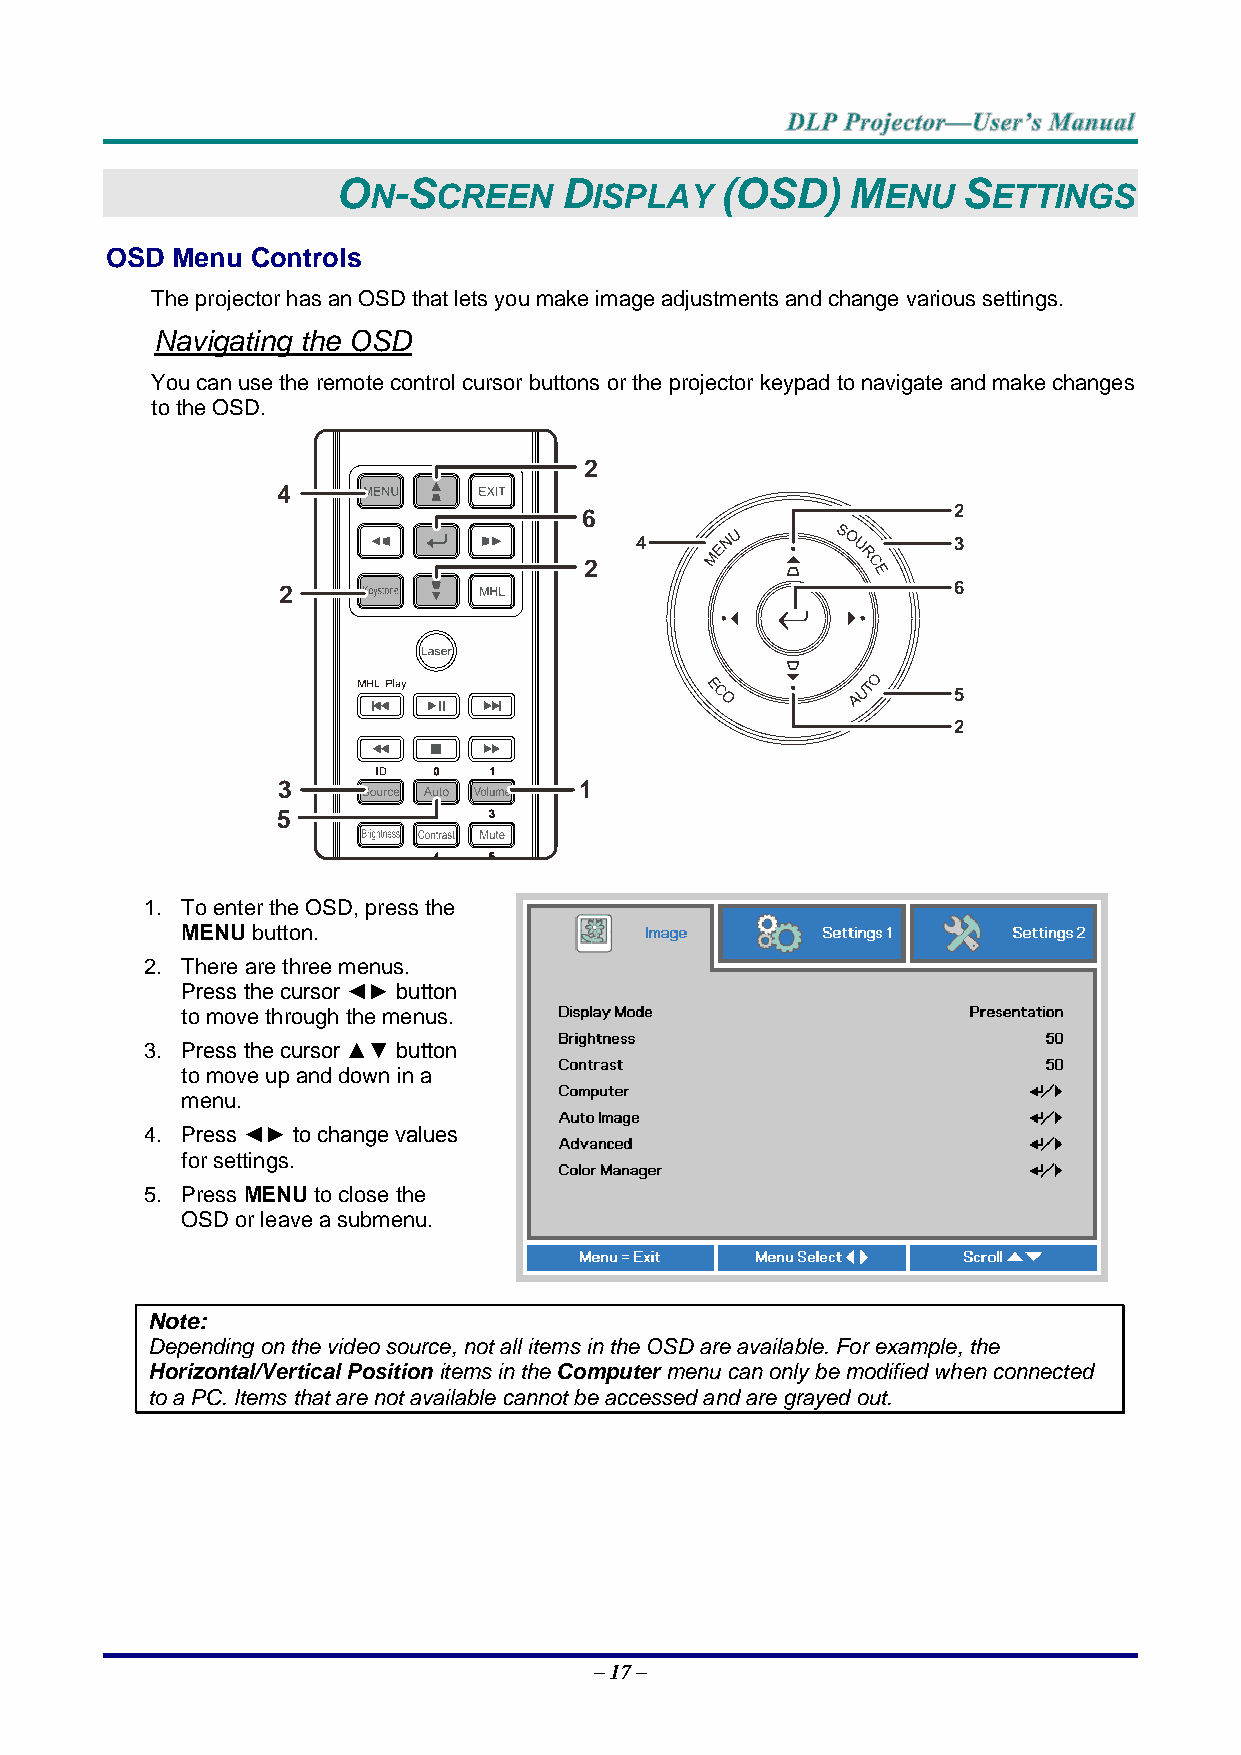
O   -S         D          (OSD)   M       S
 N    CREEN     ISPLAY             ENU     ETTINGS
 OSD Menu  Controls
 The projector has an OSD that lets you make image adjustments and change various settings.
 Navigating the OSD
 You can use the remote control cursor buttons or the projector keypad to navigate and make changes
 to the OSD.
 2
 4
 6                       2
 4                    3
 2
 2                                            6
 5
 2
 3                   1
 5
 1. To enter the OSD, press the
 MENU button.
 2. There are three menus.
 Press the cursor ◄► button
 to move through the menus.
 3. Press the cursor ▲▼ button
 to move up and down in a
 menu.
 4. Press ◄► to change values
 for settings.
 5. Press MENU to close the
 OSD or leave a submenu.
 Note:
 Depending on the video source, not all items in the OSD are available. For example, the
 Horizontal/Vertical Position items in the Computer menu can only be modified when connected
 to a PC. Items that are not available cannot be accessed and are grayed out.
 – 17 –